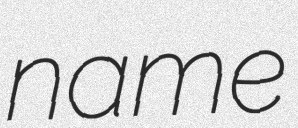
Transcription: name